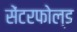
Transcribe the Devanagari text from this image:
सेंटरफोल्ड